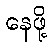
နေဖို့